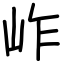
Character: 岞